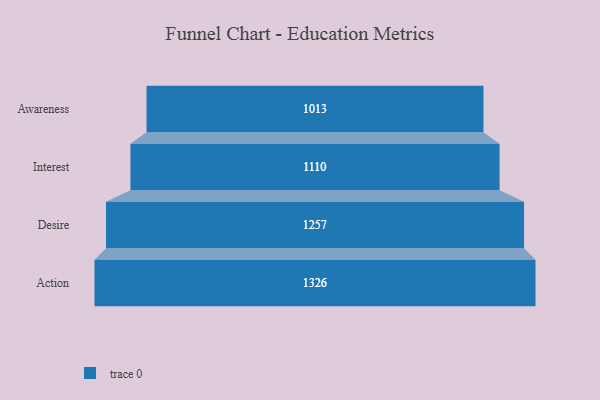
{"axis": {"x": "Stage", "y": "Value"}, "legend": [""], "data": [{"x": "Awareness", "y": 1013.0, "type": ""}, {"x": "Interest", "y": 1110.0, "type": ""}, {"x": "Desire", "y": 1257.0, "type": ""}, {"x": "Action", "y": 1326.0, "type": ""}]}